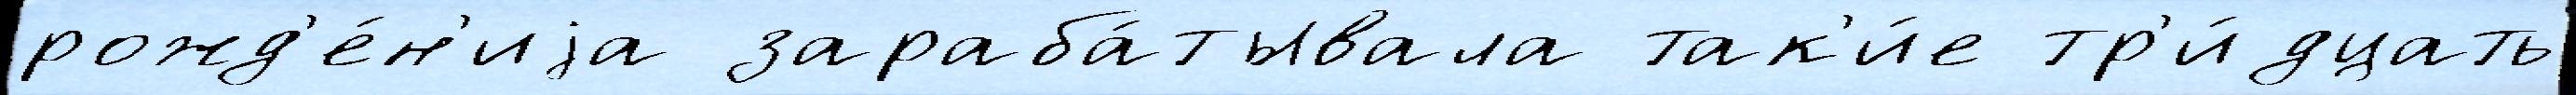
рожд'е́н'иjа зараба́тывала так'и́е тр'и́дцать